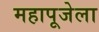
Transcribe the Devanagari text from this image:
महापूजेला